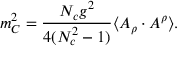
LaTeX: m _ { C } ^ { 2 } = \frac { N _ { c } g ^ { 2 } } { 4 ( N _ { c } ^ { 2 } - 1 ) } \langle A _ { \rho } \cdot A ^ { \rho } \rangle .